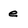
Character: e